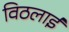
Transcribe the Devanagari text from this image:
विठलाई